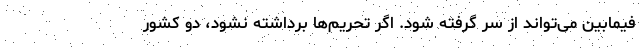
فیمابین می‌تواند از سر گرفته شود. اگر تحریم‌ها برداشته نشود، دو کشور